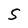
Character: S